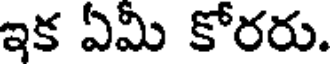
ఇక ఏమీ కోరరు.